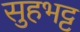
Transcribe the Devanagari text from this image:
सुहभट्ट